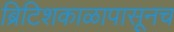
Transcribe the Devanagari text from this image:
ब्रिटिशकाळापासूनच